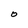
Character: O